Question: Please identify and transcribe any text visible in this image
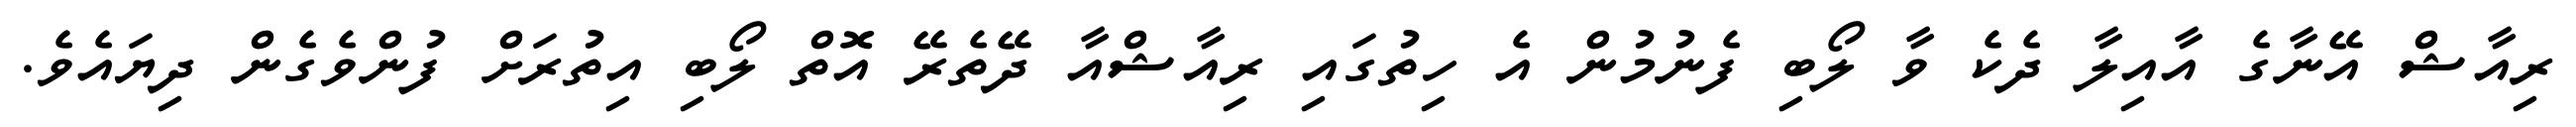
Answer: ރިއާޝް އޭނާގެ އާއިލާ ދެކެ ވާ ލޯބި ފެނުމުން އެ ހިތުގައި ރިއާޝްއާ ދޭތެރޭ އޮތް ލޯބި އިތުރަށް ފުންވެގެން ދިޔައެވެ.